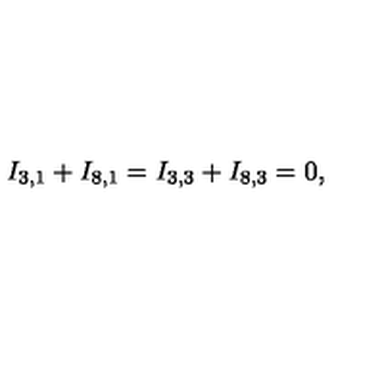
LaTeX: I _ { 3 , 1 } + I _ { 8 , 1 } = I _ { 3 , 3 } + I _ { 8 , 3 } = 0 ,